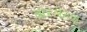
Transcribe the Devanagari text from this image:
वारलेल्या